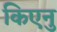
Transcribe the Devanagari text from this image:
किएनु